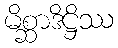
မိစ္ဆာဒိဋ္ဌိဿ